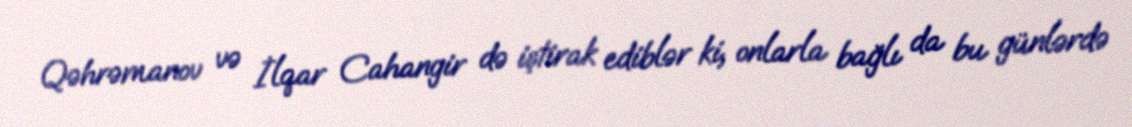
Qəhrəmanov və İlqar Cahangir də iştirak ediblər ki, onlarla bağlı da bu günlərdə